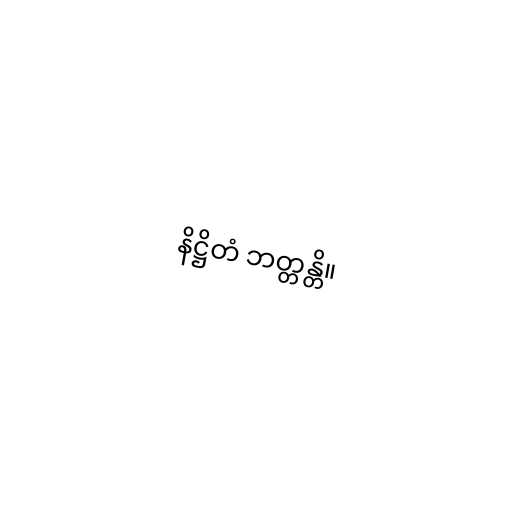
နိဋ္ဌိတံ ဘတ္တန္တိ။